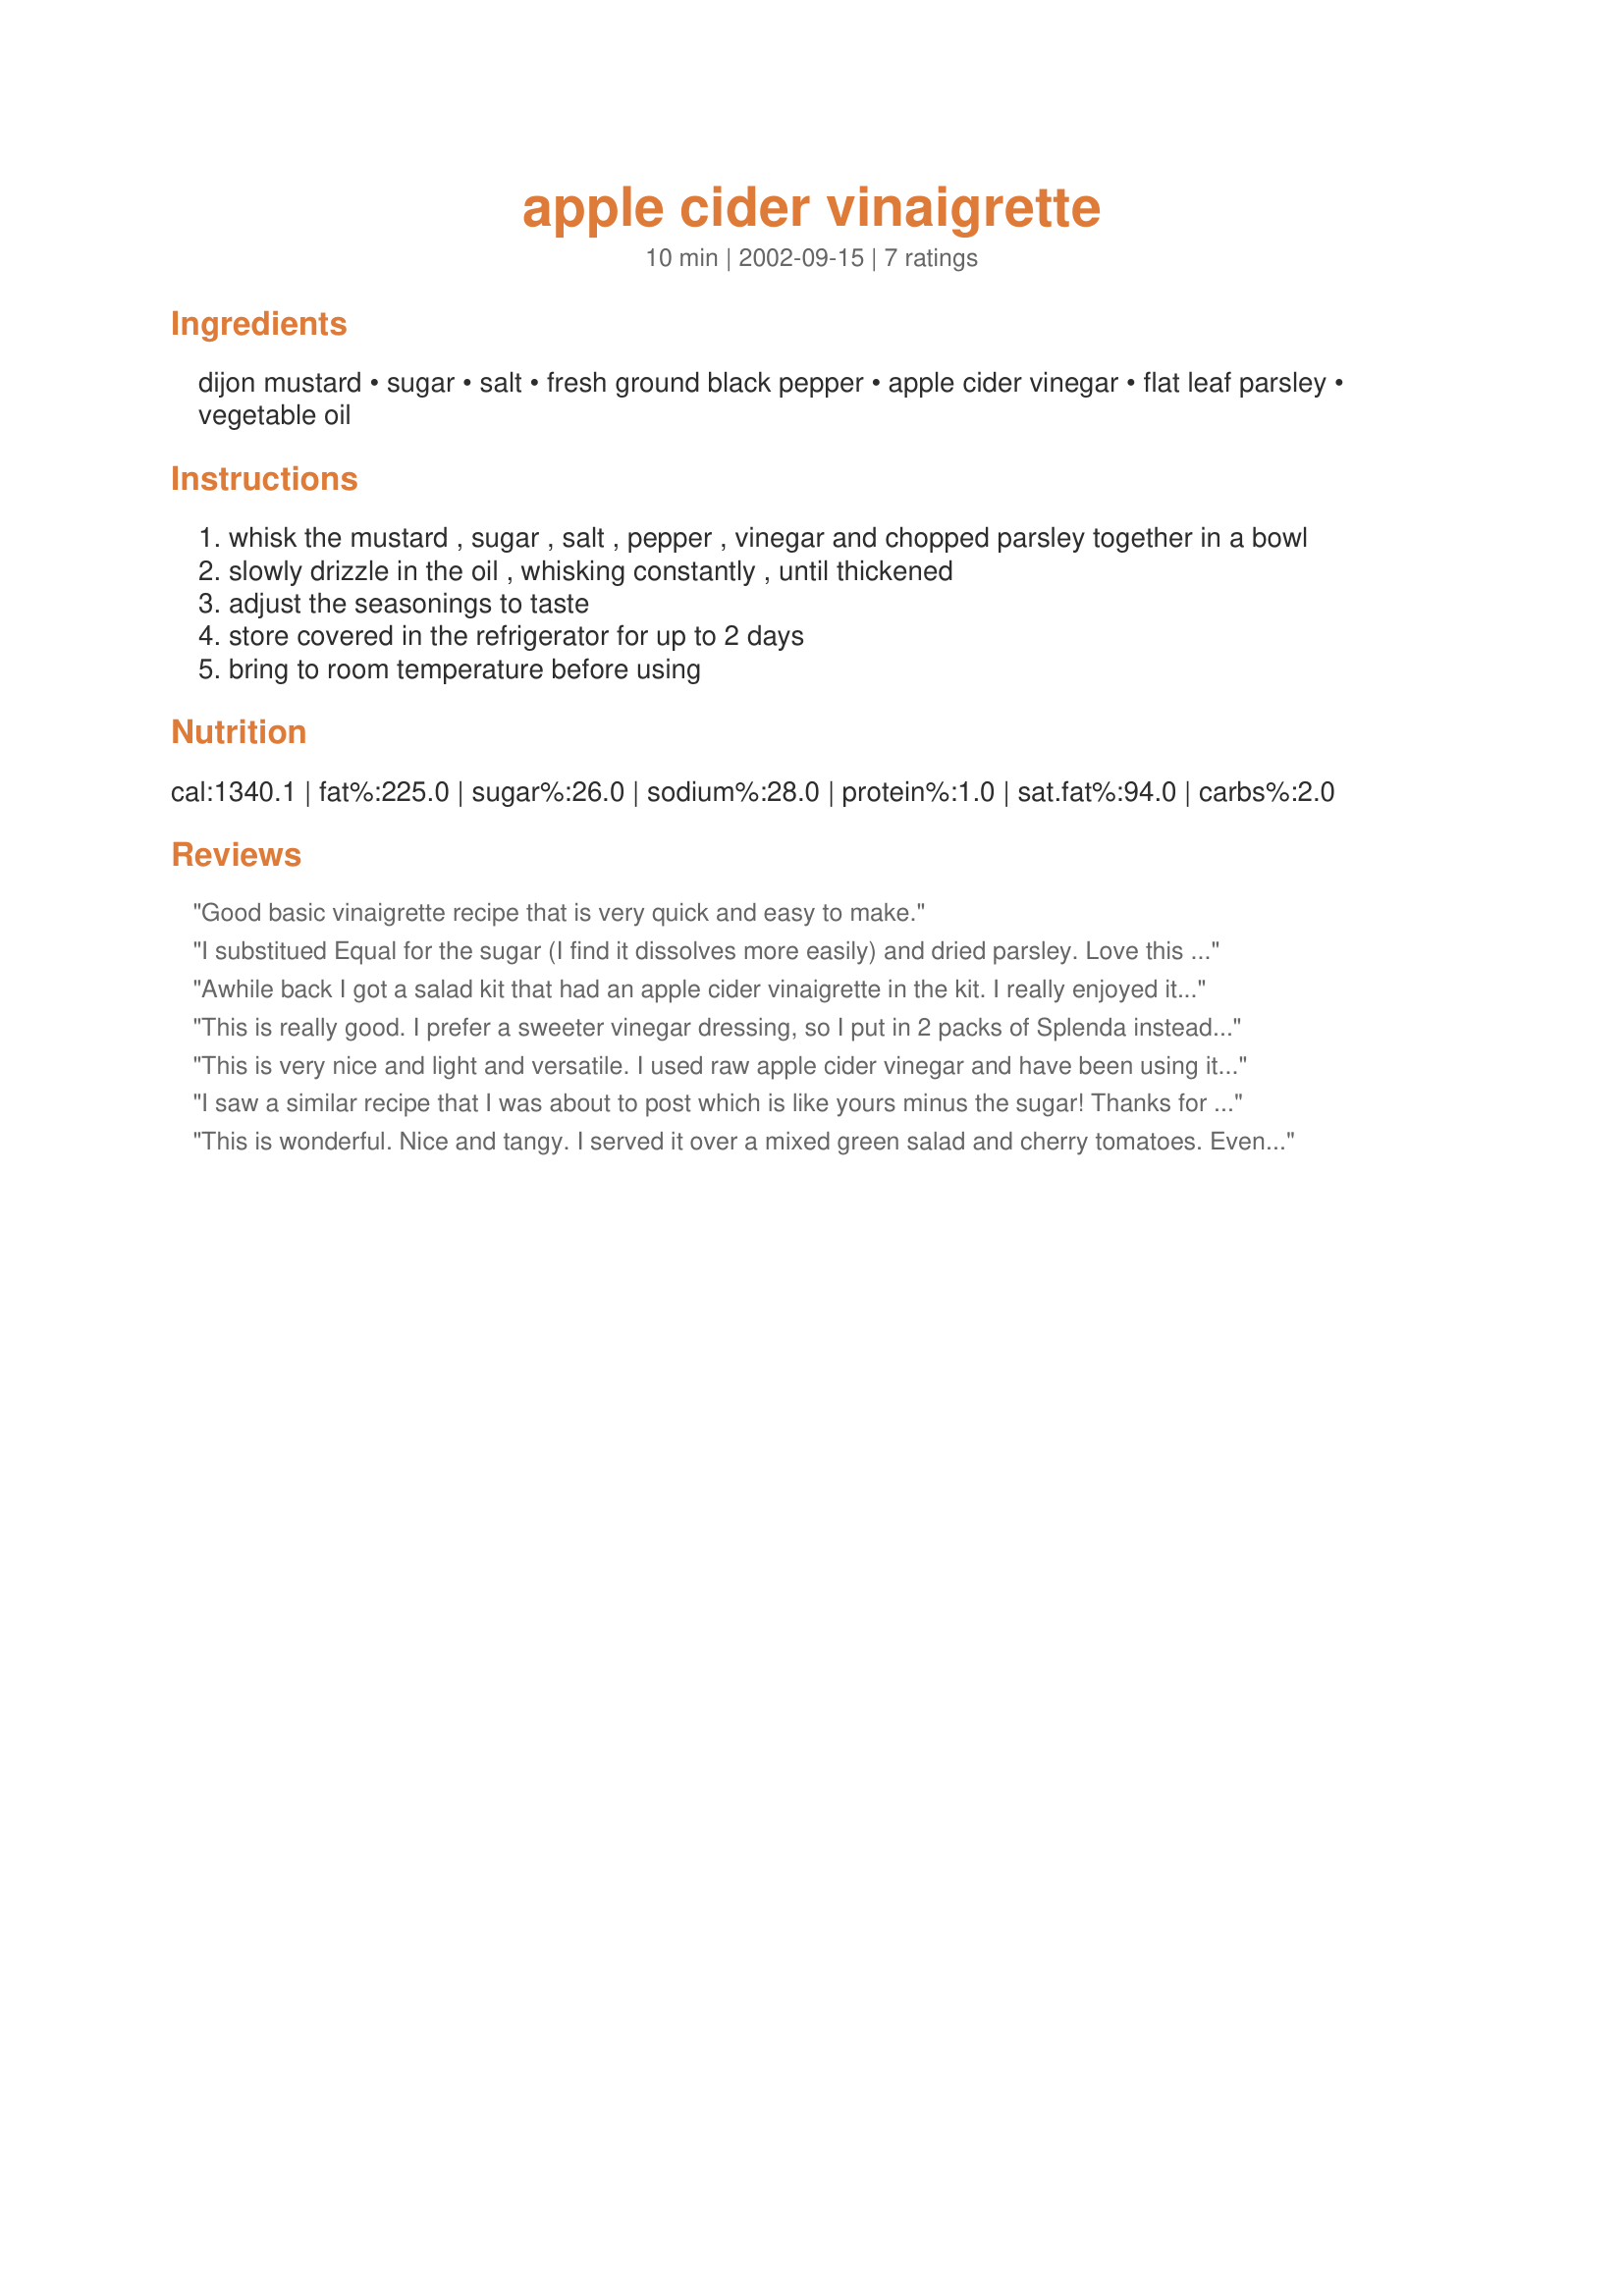
apple cider vinaigrette
Preparation time: 10 minutes

Ingredients:
dijon mustard, sugar, salt, fresh ground black pepper, apple cider vinegar, flat leaf parsley, vegetable oil

Steps:
whisk the mustard , sugar , salt , pepper , vinegar and chopped parsley together in a bowl
slowly drizzle in the oil , whisking constantly , until thickened
adjust the seasonings to taste
store covered in the refrigerator for up to 2 days
bring to room temperature before using

Reviews:
Good basic vinaigrette recipe that is very quick and easy to make.
I substitued Equal for the sugar (I find it dissolves more easily) and dried parsley. Love this dressing!
Awhile back I got a salad kit that had an apple cider vinaigrette in the kit. I really enjoyed it and wanted to find a similar recipe to make at home. This worked perfectly! I immediately made myself a huge salad and I anticipate it will be even better after the flavors have time to meld a little.
This is really good. I prefer a sweeter vinegar dressing, so I put in 2 packs of Splenda instead of sugar, and had to sub dried parsley for fresh. Shook this in a bowl with a tight lid rather than whisking. Really flavorful! Thanks for sharing.
This is very nice and light and versatile. I used raw apple cider vinegar and have been using it on green salads and on orzo salad. Thanks for posting!
I saw a similar recipe that I was about to post which is like yours minus the sugar! Thanks for posting.
This is wonderful. Nice and tangy. I served it over a mixed green salad and cherry tomatoes. Even better after it has sat overnight (or two.) Thanks! :)
